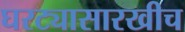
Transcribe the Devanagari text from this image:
घरट्यासारखीच